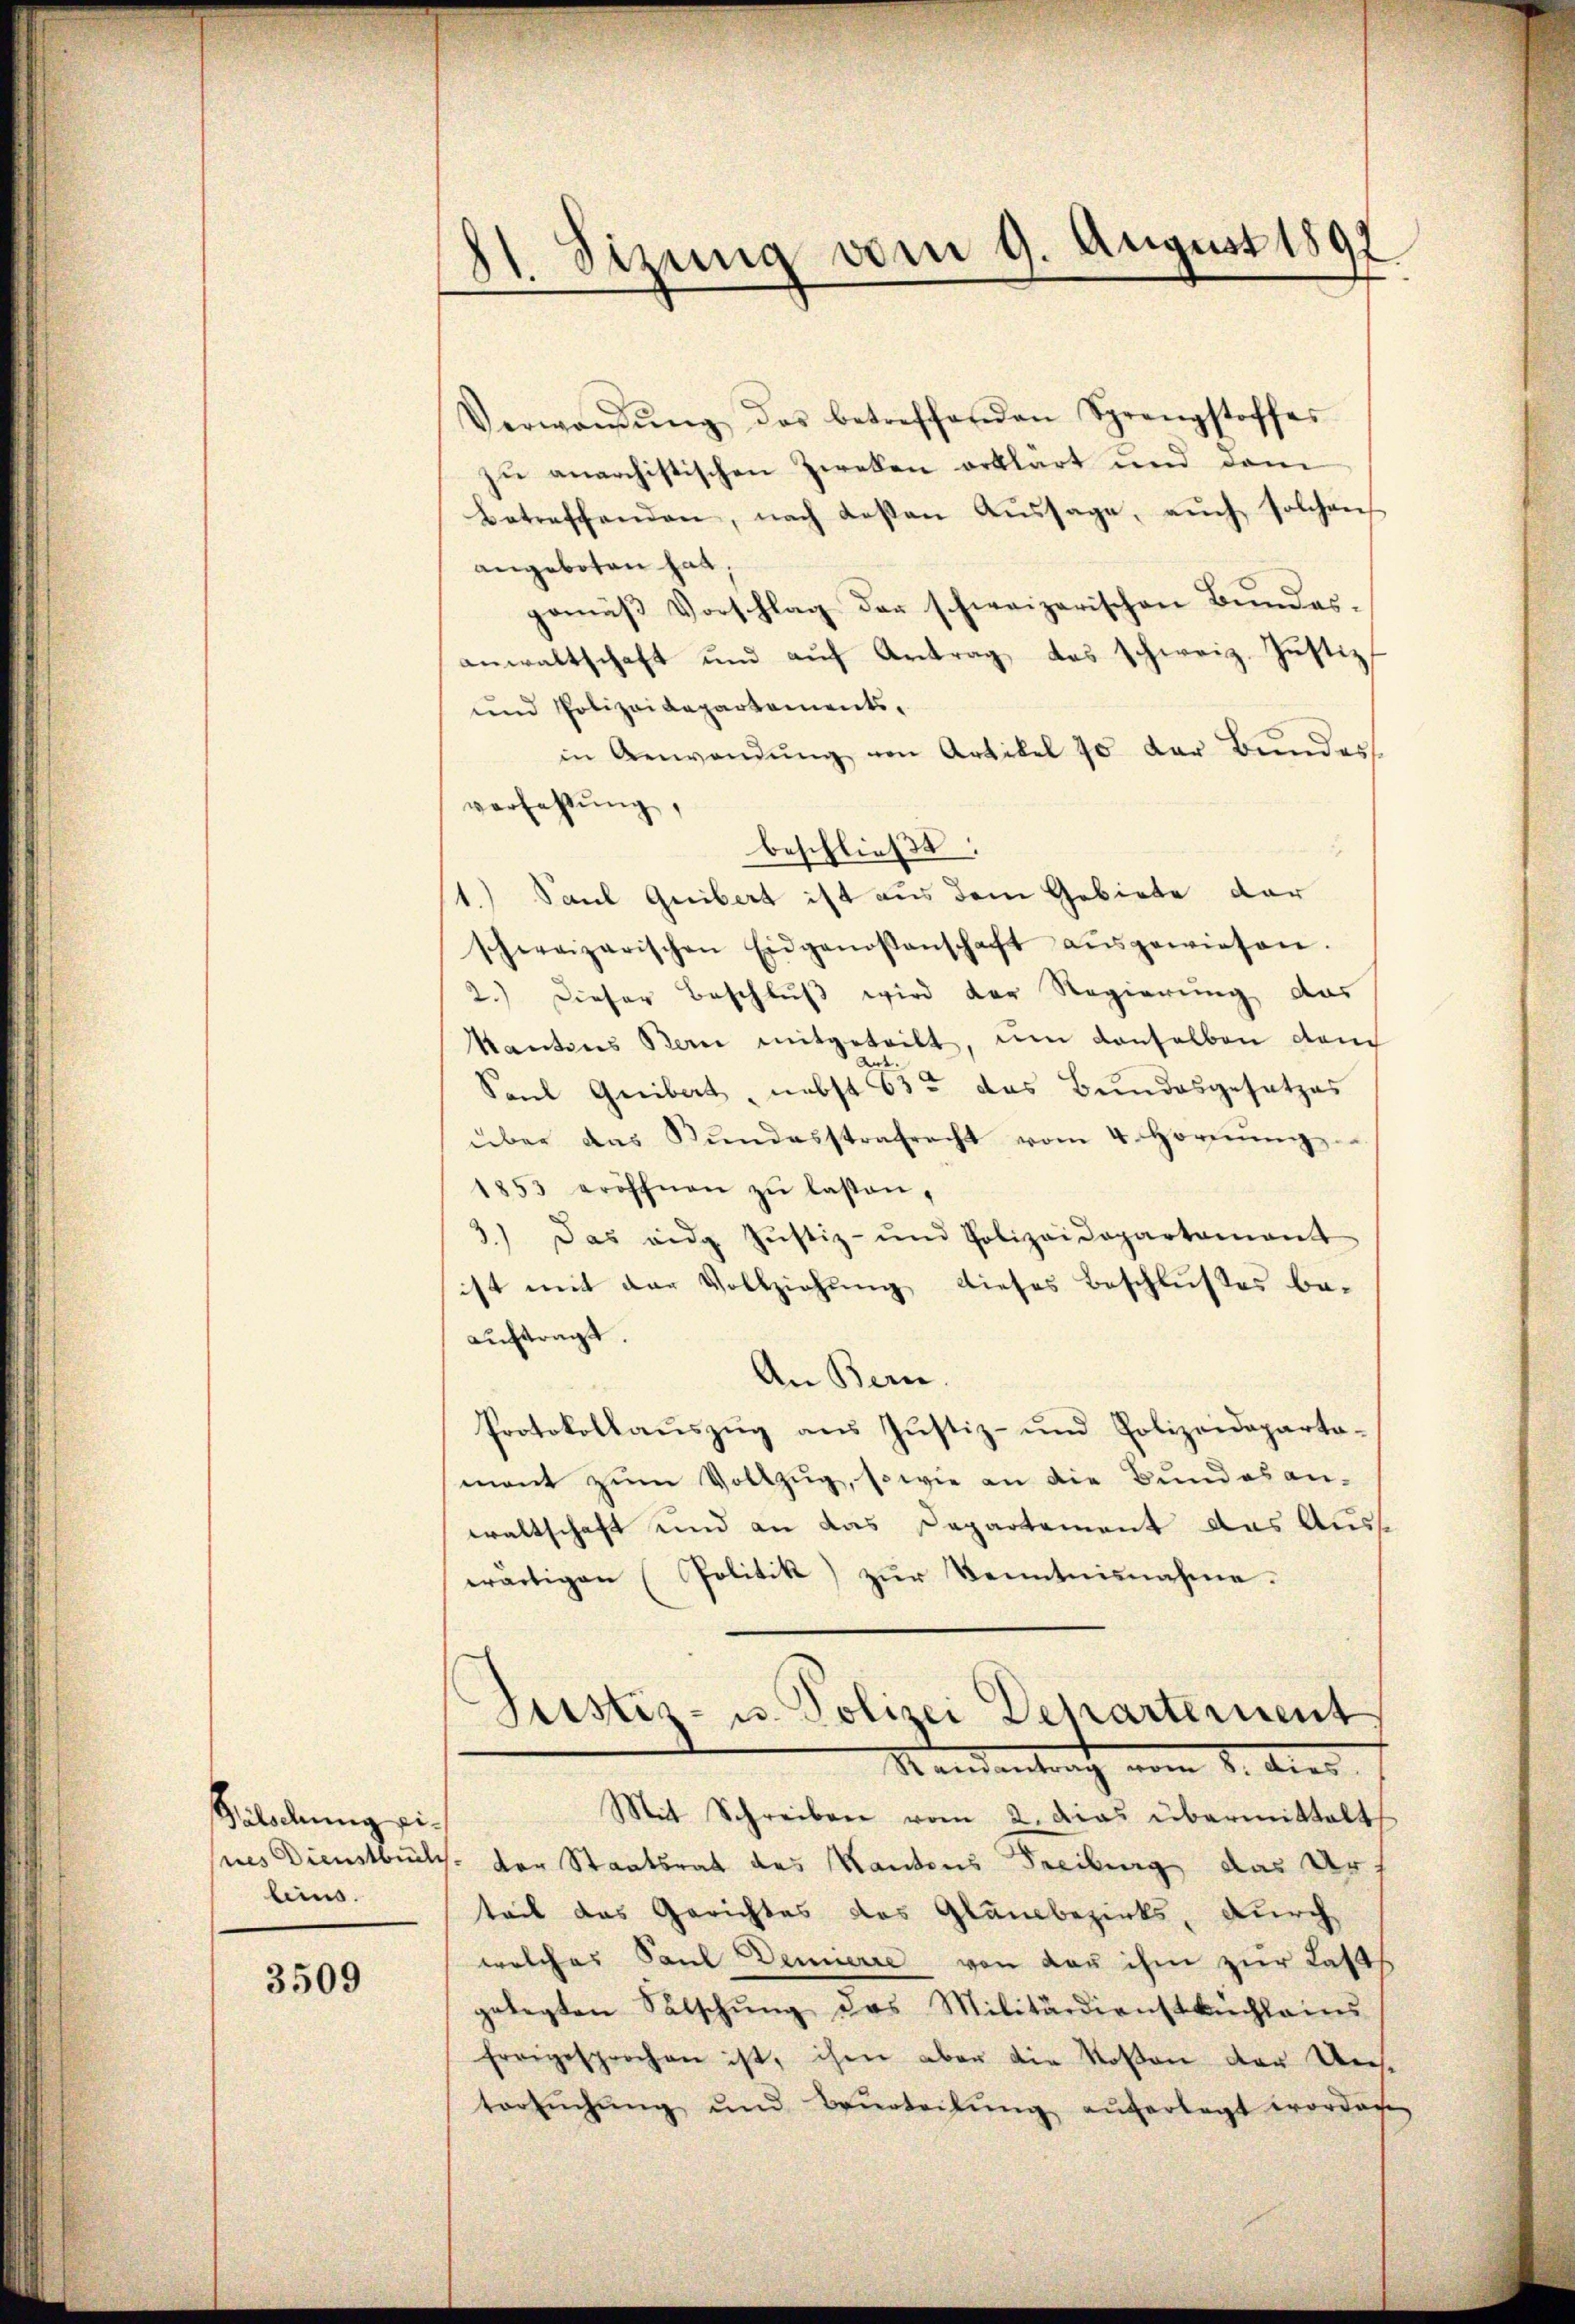
Wälschung eilinis.

3509

81. Sizung vom 9. August 1892

Verwandŭng des betreffenden Sprengstoffes
zu anarchistischen Zweken erklärt und dem
betreffenden, nach deßen Aŭssage, aŭch solchen
angeboten hat,
gemäß Vorschlag der schweizerischen Bundesanwaltschaft und aŭf Antrag das schweiz. Justiz,
und Polizeidepartementsin Anwendŭng von Artikel 70 der Bŭndes
verfassung,
beschließt:
1.) Saul Guibert ist aus dem Gebiete dar
schweizerischen Eidgenossenschaft aŭsgewiesen.
2.) Dieser Beschluß wird der Regierung, das
Kantons Bern mitgeteilt, um denselben danch
Sanl Gribat, nebst 532 das Bundesgesetzes
über das Kŭndesstrafrecht vom 4. Hornŭng
1853 eröffnen zŭ lassen,
3.) Das eidg Jŭstiz- und Polizeidepartement
ist mit der Vollziehung dieses Beschlußes beauftragt.
An Bern
Protokollaŭszŭg aŭs Justiz- und Polizeideparta-
mant zum Vollzug, sowie an die Bundes an-
waltschaft und an das Departement das Auswärtigen (Politik zur Kenntnisnahme.
Justiz- u. Polizei Departement
Mandentrach vom 1. dies
Mit Schreiben vom 2. Das übermittelt
ses Dienstbuchs der Staatsrat des Kantons Freibung das Urs
teil das Gerichtes des Glaubezirks, durch
welches Paul Demierre von Bau ihm zur Last
gelegten Salschung des Militärdienstbuchleins
freigesprochen ist, ihm aber die Rosen der Unse
tersŭchŭng und Beurteilŭng aŭferlegt worden